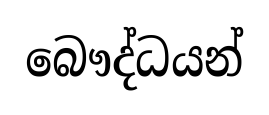
බෞද්ධයන්